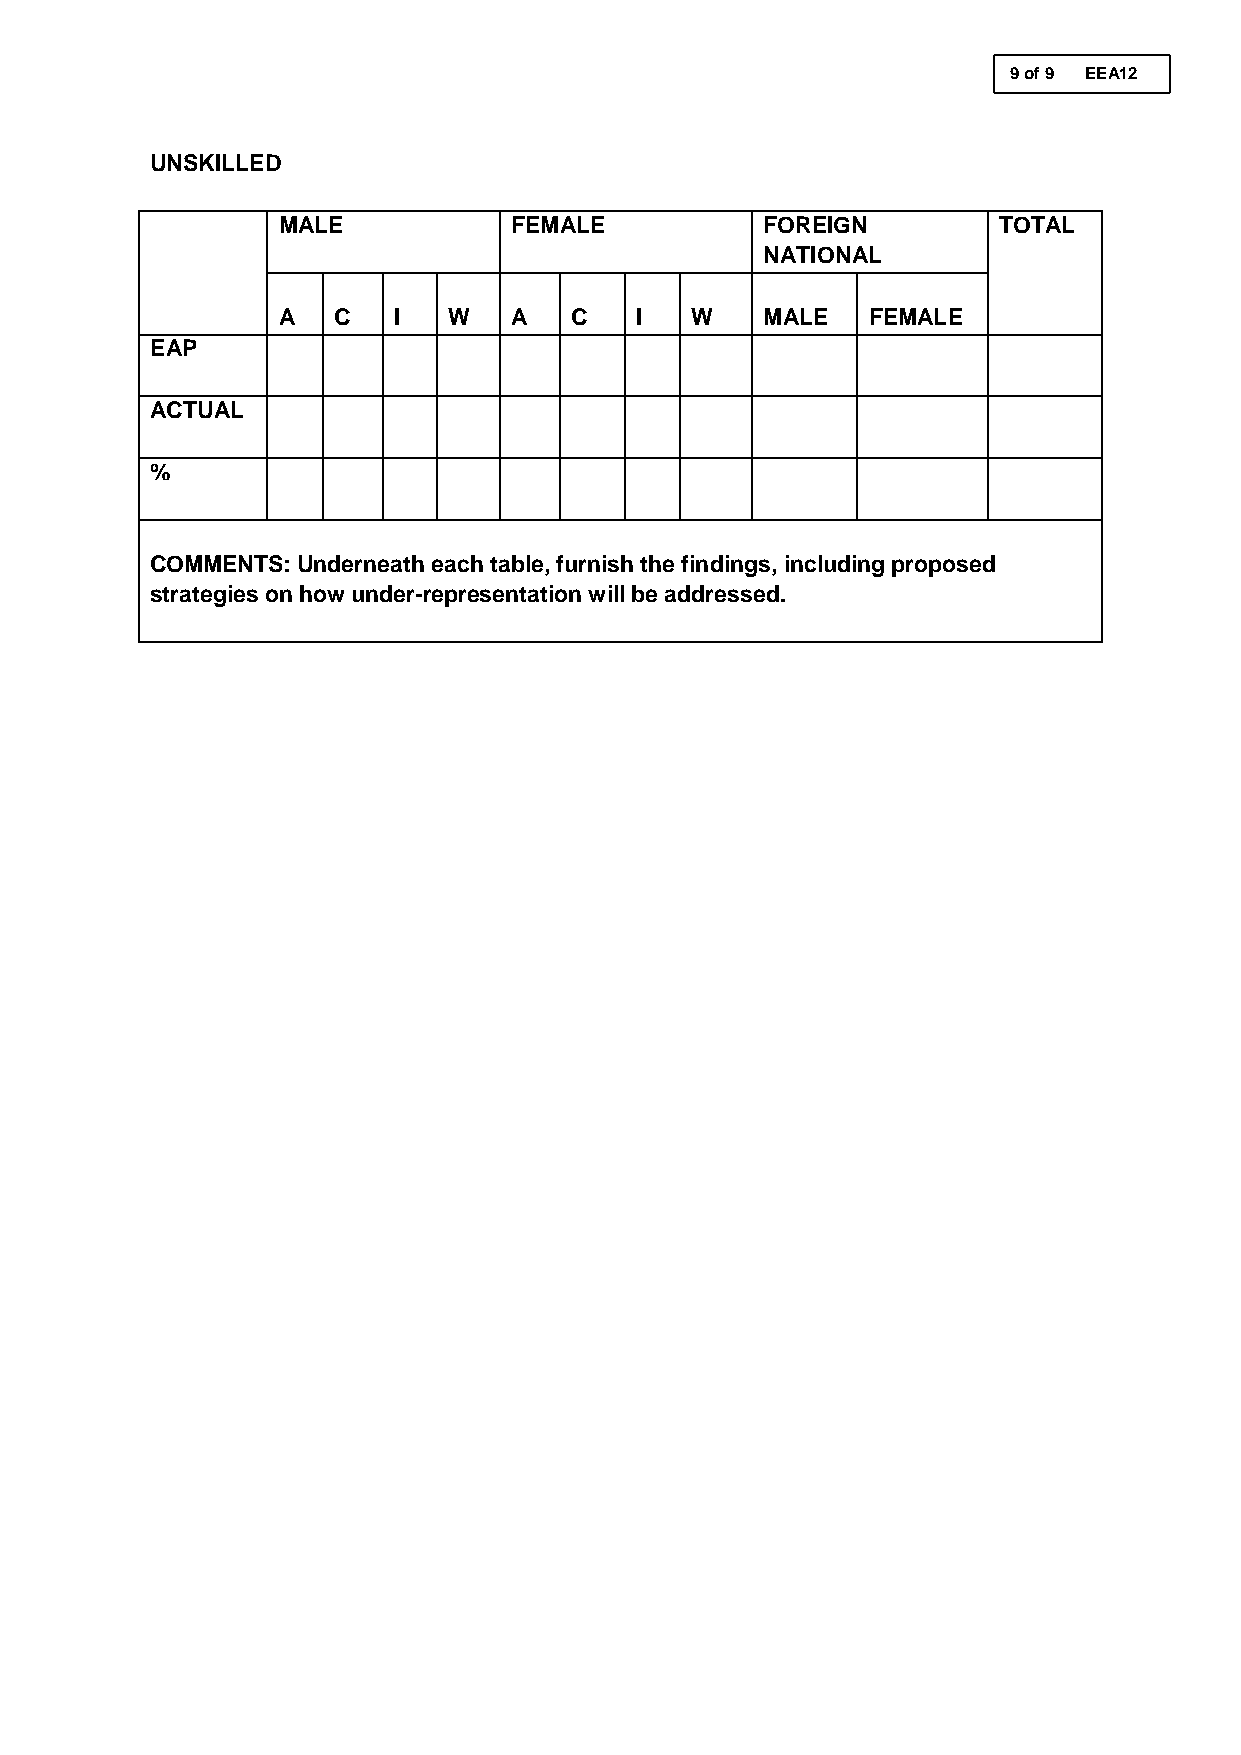
9 of 9 EEA12
 UNSKILLED
 5 of 12 EEA2
 MALE            FEMALE           FOREIGN        TOTAL
 NATIONAL
 A   C   I   W   A   C   I   W    MALE  FEMALE
 EAP
 ACTUAL
 %
 COMMENTS: Underneath each table, furnish the findings, including proposed
 strategies on how under-representation will be addressed.